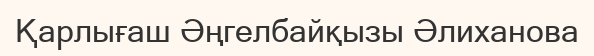
Қарлығаш Әңгелбайқызы Әлиханова